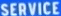
SERVICE